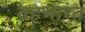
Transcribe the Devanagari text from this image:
वहभारत